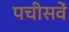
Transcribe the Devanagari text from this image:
पचीसवें